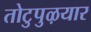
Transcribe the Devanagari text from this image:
तोटुपुऴयार